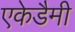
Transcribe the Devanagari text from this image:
एकेडैमी